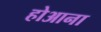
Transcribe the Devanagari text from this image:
होआना